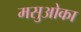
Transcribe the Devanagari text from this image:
मसुओका